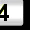
Digit: 3